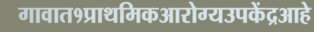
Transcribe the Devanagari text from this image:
गावात१प्राथमिकआरोग्यउपकेंद्रआहे